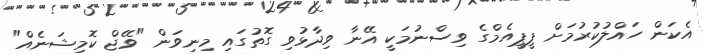
އެކަން ހައްލުކުރުމަށް ޕީޕީއެމްގެ ވިސްނުމަކީ އޭނާ ވިދާޅުވި ގޮތުގައި މިނިވަން "ވޭޖް ކޮމިޝަނެއް"